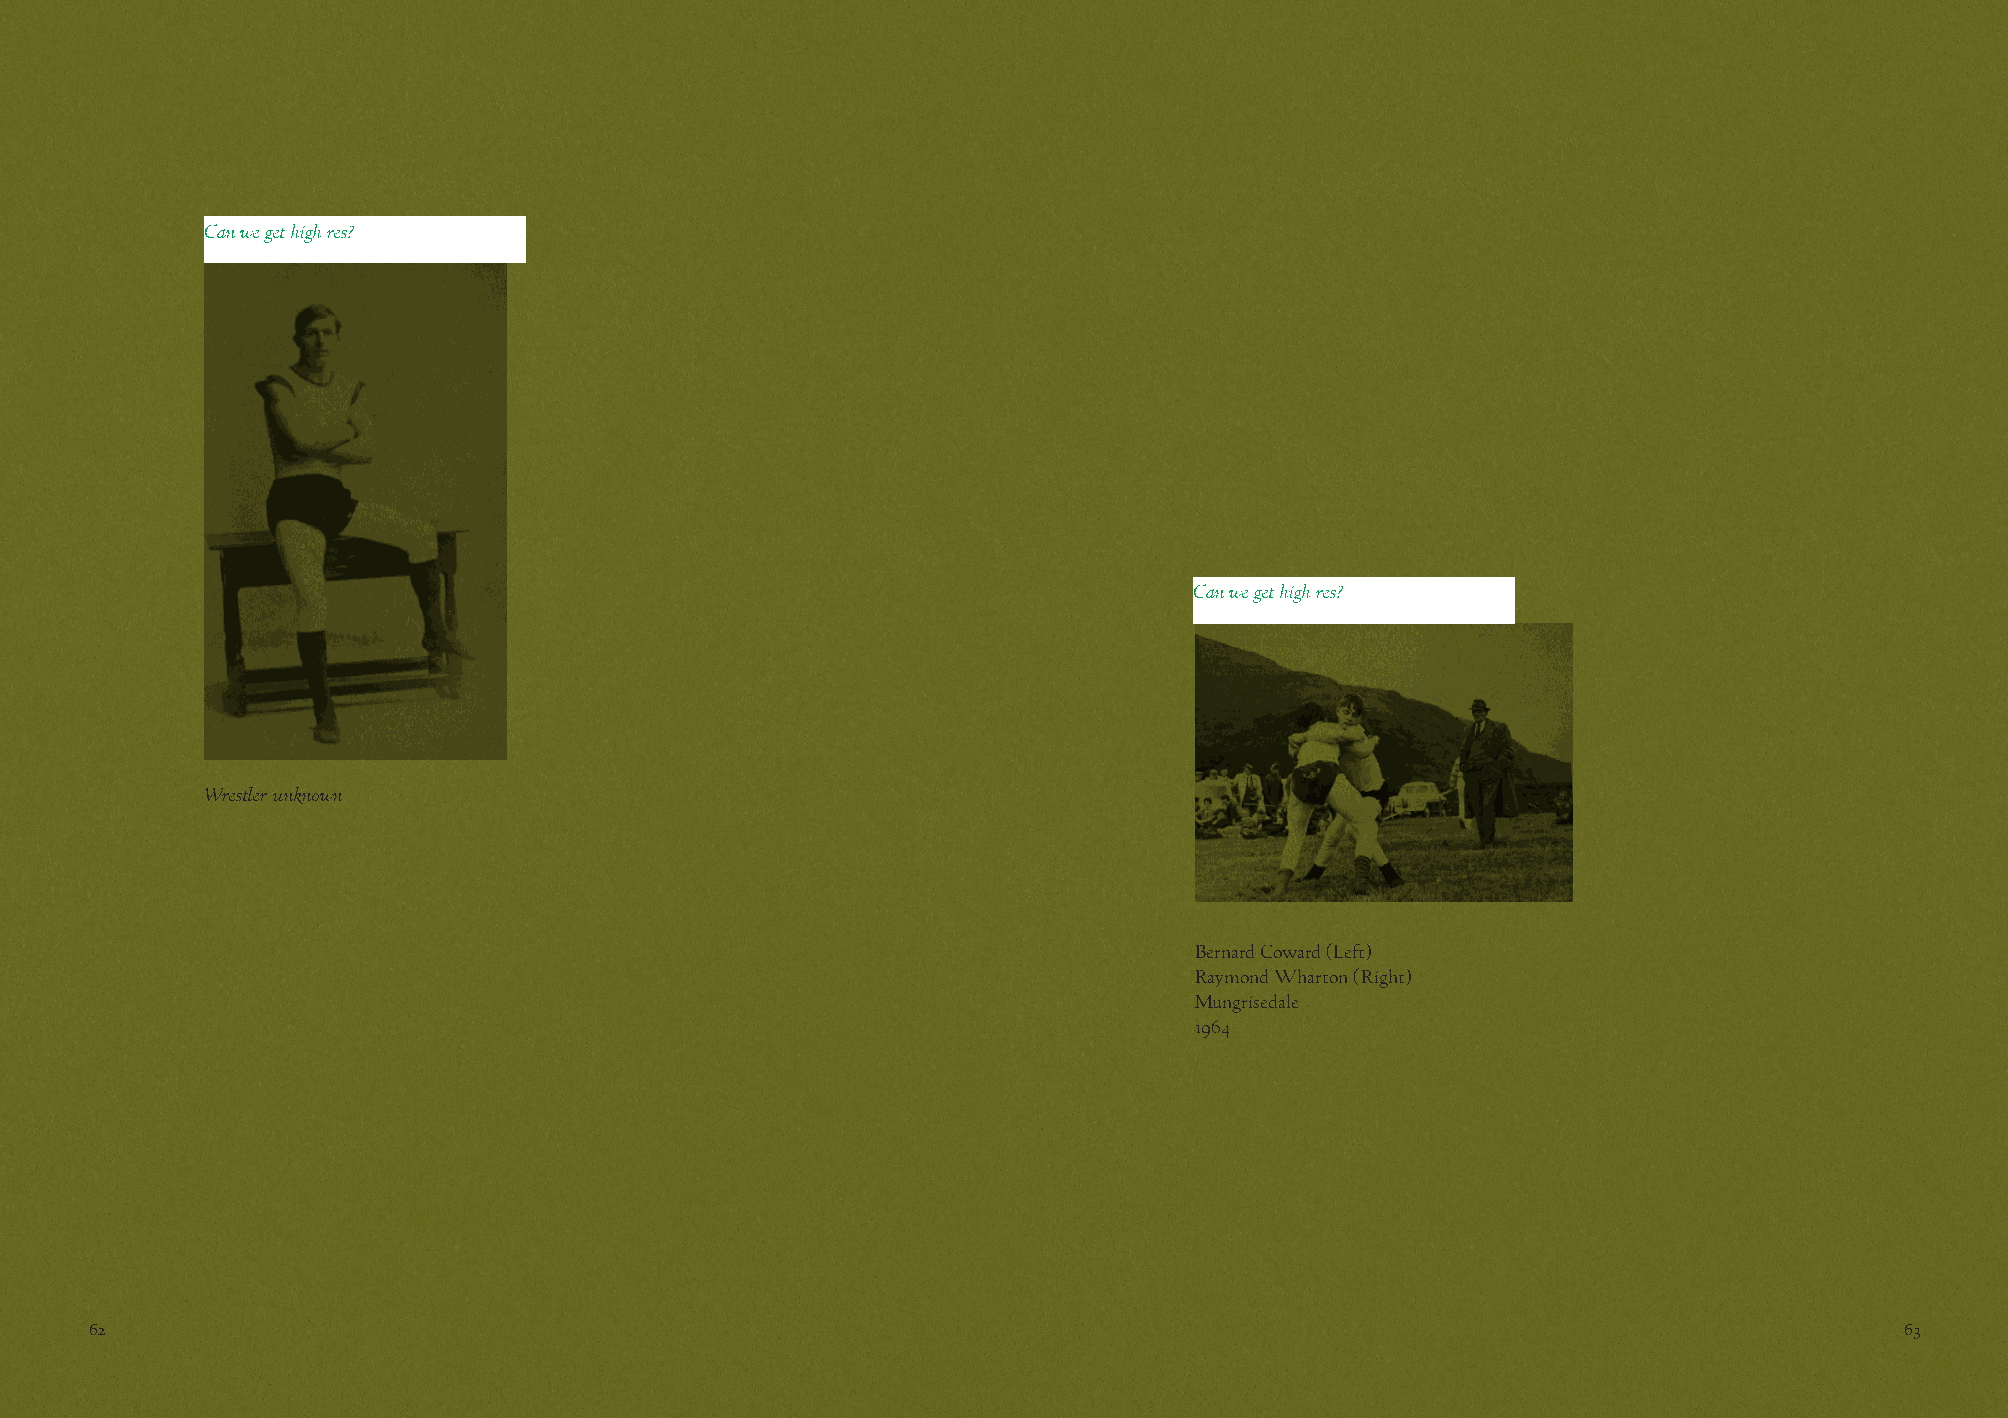
Can we get high res?
 Can we get high res?
 Wrestler unknown
 Bernard Coward (Left)
 Raymond Wharton (Right)
 Mungrisedale
 1964
 62                                                                                                                      63